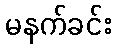
မနက်ခင်း